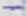
Text: -